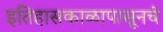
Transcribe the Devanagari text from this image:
इतिहासकाळापासूनचे